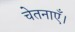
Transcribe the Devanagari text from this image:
चेतनाएँ।